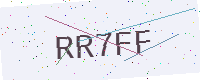
Text: RR7FF